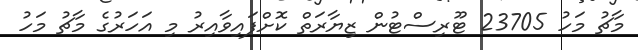
މާޗު މަހު 23705 ޓޫރިސްޓުން ޒިޔާރަތް ކޮށްފައިވާއިރު މި އަހަރުގެ މާޗު މަހު